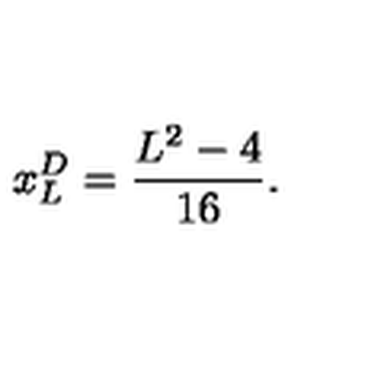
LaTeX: x _ { L } ^ { D } = \frac { L ^ { 2 } - 4 } { 1 6 } .